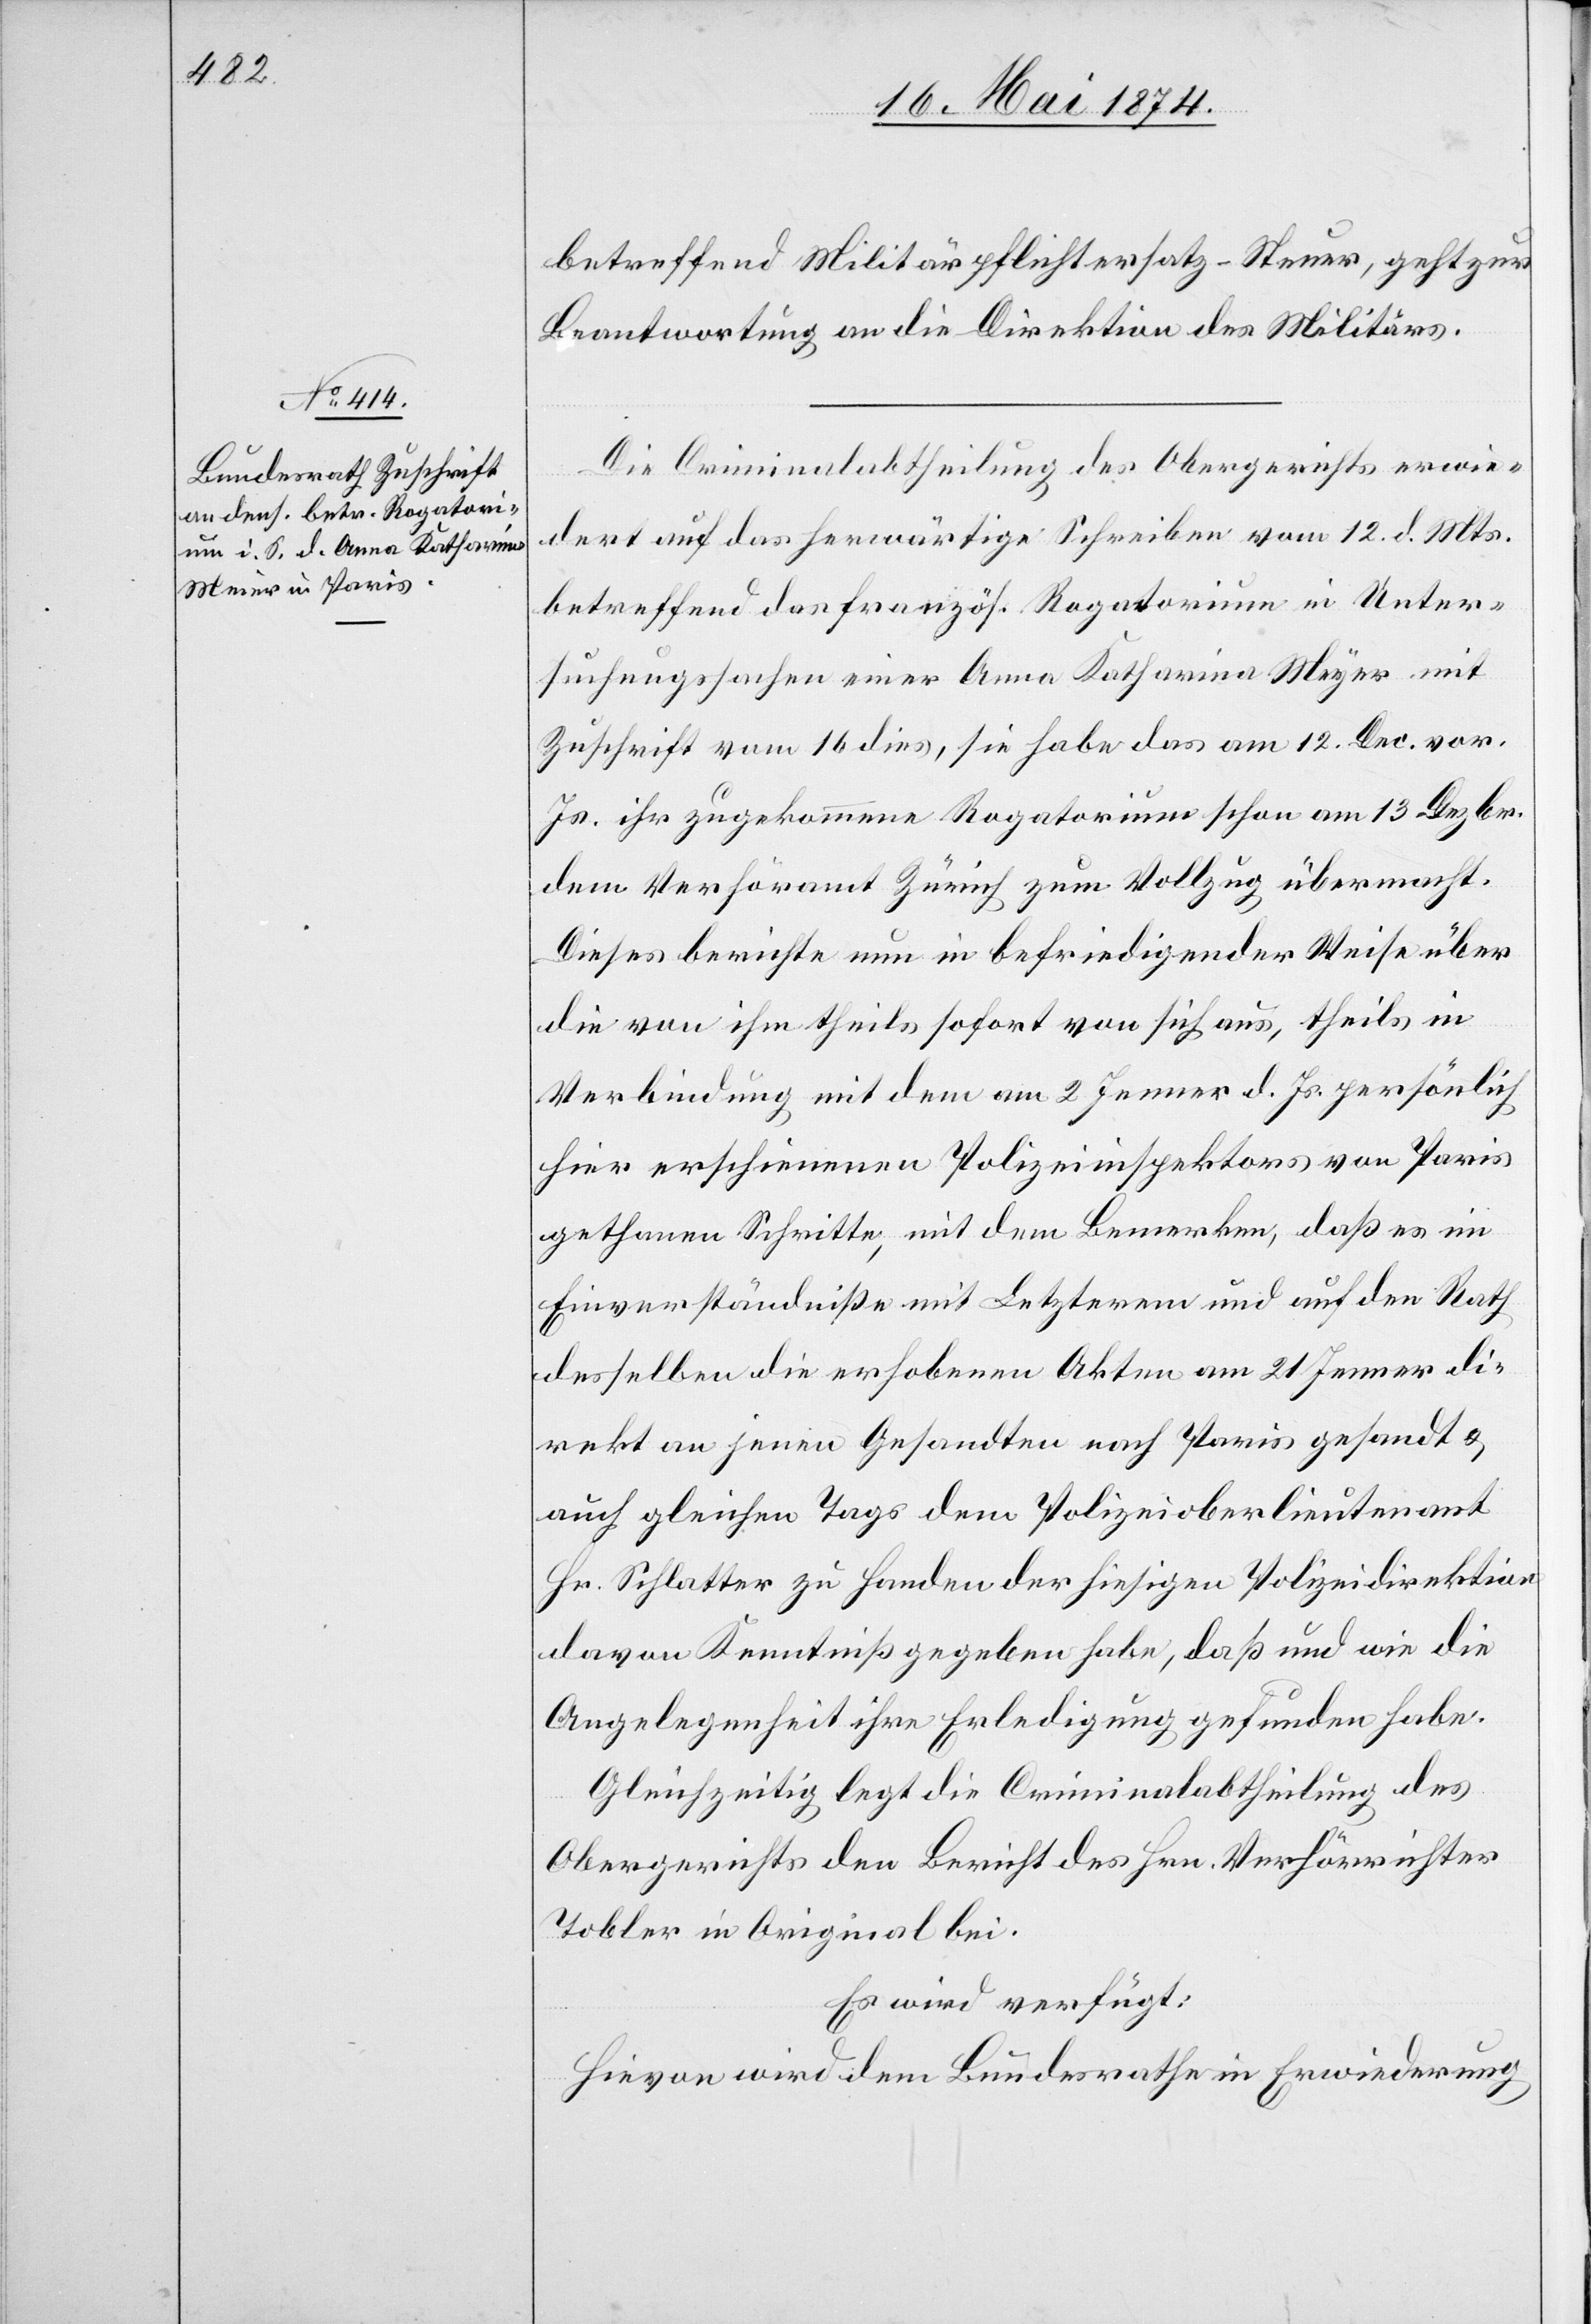
18. Mai 1874.]
betreffend Militärpflichtersatz-Steuer, geht zur
Beantwortung an die Direktion des Militärs.
Die Criminalabtheilung des Obergerichts erwie¬
dert auf das herwärtige Schreiben vom 12. d. Mts.
betreffend des französ. Rogatorium in Unter¬
suchungssache einer Anna Katharina Meyer
Zuschrift vom 16. dies, sie habe das am 12. Dec. vor.
Js. ihr zugekommene Rogatorium schon am 13. Dezbr.
dem Verhöramt Zürich zum Vollzug übermacht.
Dieses berichte nun in befriedigender Weise über
die von ihm theils sofort von sich aus, theils in
Verbindung mit dem am 2. Jenner d. Js. persönlich
hier erschienenen Polizeiinspektors von Paris
gethanen Schritte, mit dem Bemerken, daß es im
Einverständniße mit Letzterem und auf den Rath
desselben die erhobenen Akten am 21. Jenner di¬
rekt an jenen Gesandten nach Paris gesandt u.
auch gleichen Tags dem Polizeioberlieutenant
Hr. Schlatter zu Handen der hiesigen Polizeidirektion
davon Kenntniß gegeben habe, daß und wie die
Angelegenheit ihre Erledigung gefunden habe.
Gleichzeitig legt die Criminalabtheilung des
Obergerichts den Bericht des Hrn. Verhörrichter
Tobler in Original bei.
Es wird verfügt:
Hievon wird dem Bundesrathe in Erwiederung